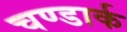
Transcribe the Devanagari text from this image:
चण्डार्क